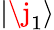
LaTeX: \lvert\j_{1}\rangle